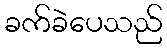
ခက်ခဲပေသည်